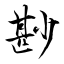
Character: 尠